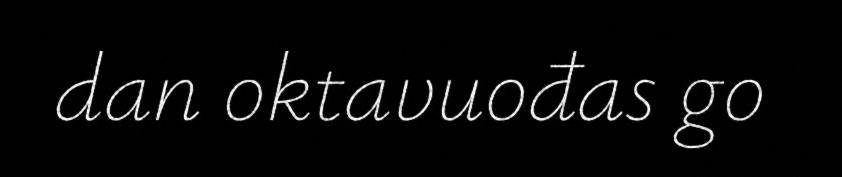
dan oktavuođas go